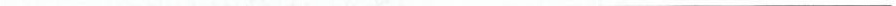
___